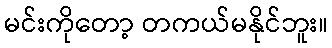
မင်းကိုတော့ တကယ်မနိုင်ဘူး။